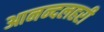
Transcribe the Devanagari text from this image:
आनन्दलहरी